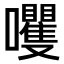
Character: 𫬻